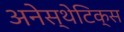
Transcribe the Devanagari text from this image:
अनेस्थेटिक्स